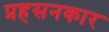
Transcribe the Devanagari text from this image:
प्रहसनकार